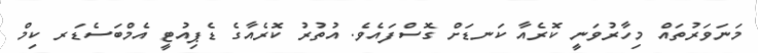
މަނަވަރުތައް މިހާރުވަނީ ކޮރެއާ ކަނޑަށް ގޮސްފައެވެ. އުތުރު ކޮރެއާގެ ޑެޕިއުޓީ އެމްބަސެޑަރ ކިމް